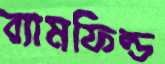
ব্যামফিল্ড